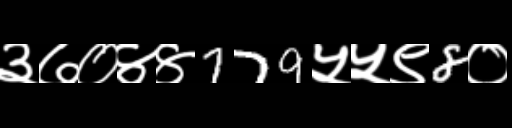
Text: ३७०४४779५५९8०